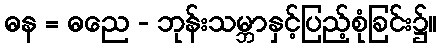
ဓန = ဓညေ - ဘုန်းသမ္ဘာနှင့်ပြည့်စုံခြင်း၌။